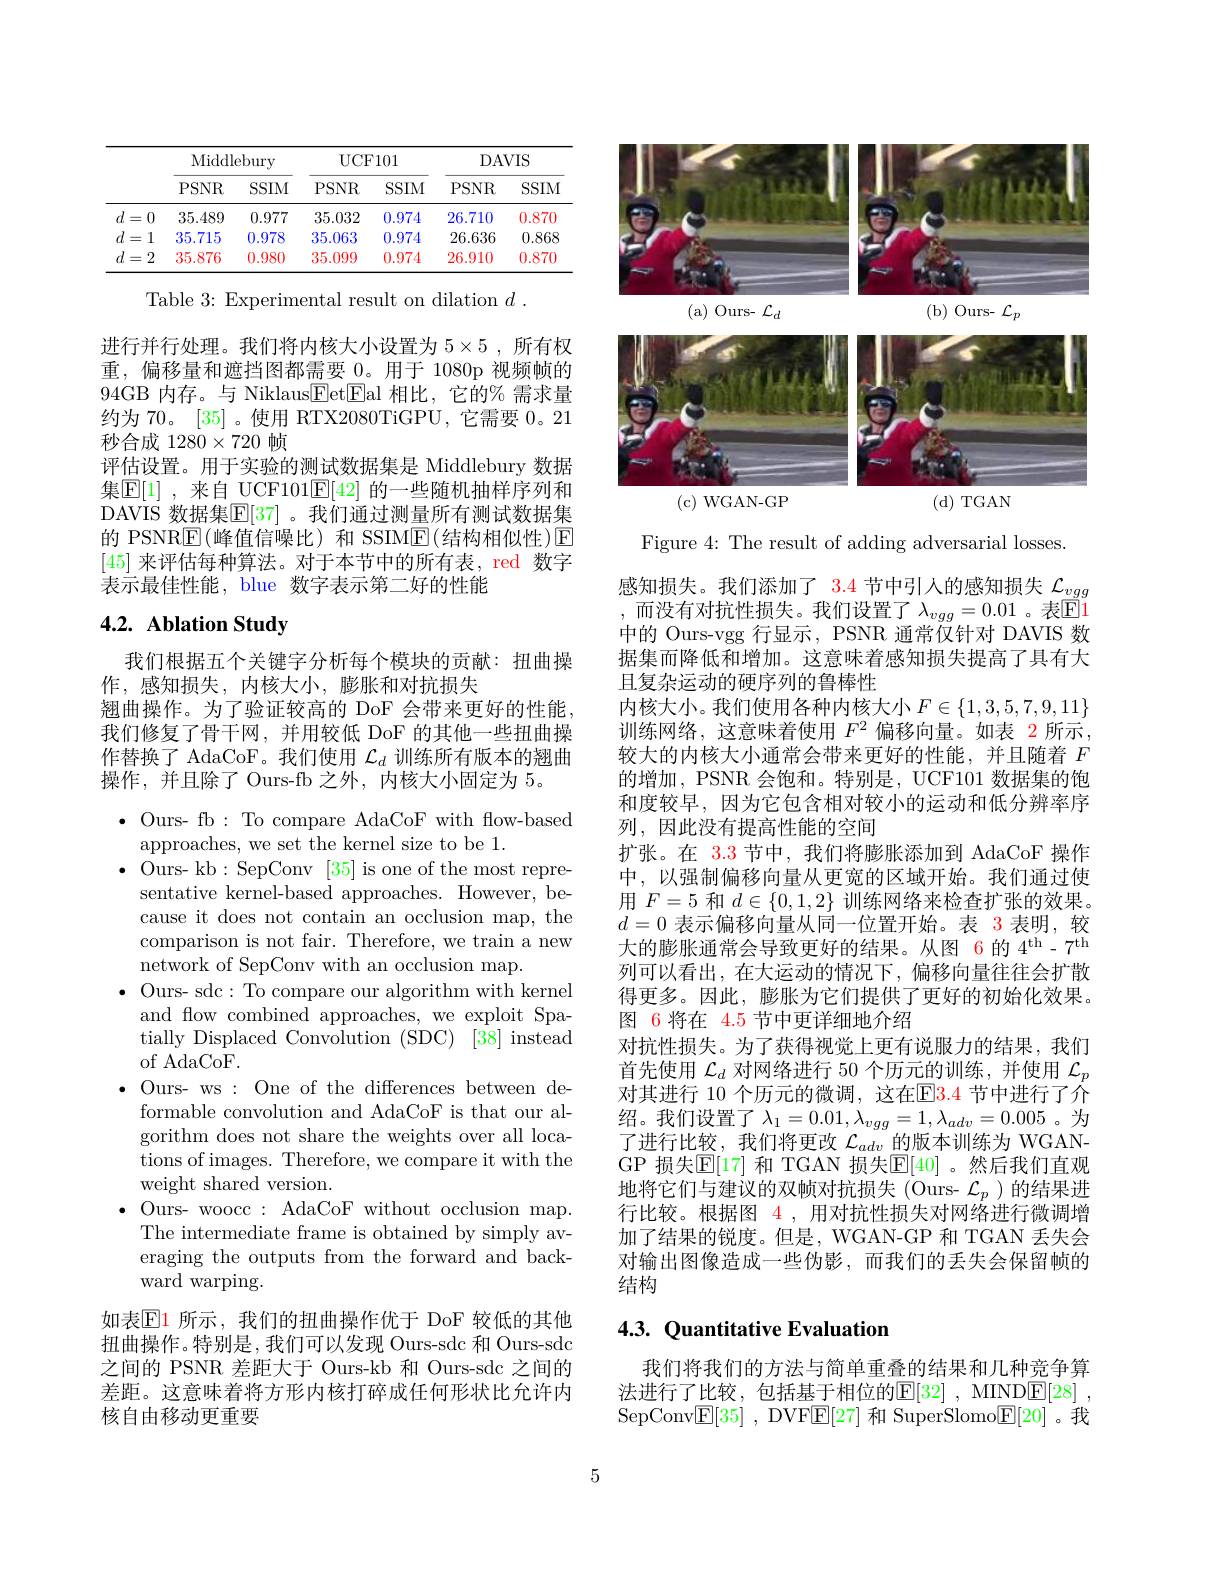
<table>
	<tbody>
		<tr>
			<th> </th>
			<th colspan="2">Middlebury</th>
			<th colspan="2">$\operatorname{UCF101}$</th>
			<th colspan="2">DAVIS</th>
		</tr>
		<tr>
			<th> </th>
			<th>$PSNR$</th>
			<th>SSIM</th>
			<th>$PSNR$</th>
			<th>SSIM</th>
			<th>$PSNR$</th>
			<th>SSIM</th>
		</tr>
		<tr>
			<td>$d$ 0 = 1</td>
			<td>35.489</td>
			<td>0.977</td>
			<td>35.032</td>
			<td>0.974</td>
			<td>26.710</td>
			<td>0.870</td>
		</tr>
		<tr>
			<td>$d$ 1 =</td>
			<td>35.715</td>
			<td>0.978</td>
			<td>35.063</td>
			<td>0.974</td>
			<td>26.636</td>
			<td>0.868</td>
		</tr>
		<tr>
			<td>$d$ 2 =</td>
			<td>35.876</td>
			<td>0.980</td>
			<td>35.099</td>
			<td>0.974</td>
			<td>26.910</td>
			<td>0.870</td>
		</tr>
	</tbody>
</table>

Table 3: Experimental result on dilation $d.$

进行并行处理。我们将内核大小设置为 5×5,所有权重，偏移量和遮挡图都需要 0。用于 1080p 视频帧的94GB 内存。与 Niklaus$\boxed{\mathrm{F}}$et$\boxed{\mathrm{F}}$al 相比，它的% 需求量约为 70。[35] 。使用 RTX2080TiGPU,它需要0。21秒合成 1280$\times720$帧
评估设置。用于实验的测试数据集是 Middlebury 数据集$\mathbb{E}[1]$ ,来自 UCF101$\mathbb{E}[42]$ 的一些随机抽样序列和DAVIS 数据集$\mathbb{E}[37]$ 。我们通过测量所有测试数据集的 PSNR$\underline{\mathrm{E}}($峰值信噪比)和 SSIM$\underline{\mathrm{E}}($结构相似性)$\underline{\mathrm{E}}$ [45]来评估每种算法。对于本节中的所有表，red 数字表示最佳性能，blue 数字表示第二好的性能

# 4.2. Ablation Study

我们根据五个关键字分析每个模块的贡献：扭曲操
作，感知损失，内核大小，膨胀和对抗损失
翘曲操作。为了验证较高的 DoF 会带来更好的性能， 我们修复了骨干网，并用较低 DoF 的其他一些扭曲操作替换了 AdaCoF。我们使用$\mathcal{L}_d$训练所有版本的翘曲操作，并且除了 Ours-fb 之外，内核大小固定为 5。

$\bullet$ Ours- fb: To compare AdaCoF with flow-based
approaches, we set the kernel size to be 1.
$\bullet$ Ours- kb:SepConv[35] is one of the most repre-
sentative kernel-based approaches. However, because it does not contain an occlusion map, the comparison is not fair. Therefore, we train a new network of SepConv with an occlusion map.
$\bullet$ Ours- sdc: To compare our algorithm with kernel
and flow combined approaches, we exploit Spatially Displaced Convolution (SDC) [38] instead of AdaCoF.
$\bullet$ Ours- ws: One of the differences between de-
formable convolution and AdaCoF is that our algorithm does not share the weights over all locations of images. Therefore, we compare it with the weight shared version.
$\bullet$ Ours- woocc: AdaCoF without occlusion map.
The intermediate frame is obtained by simply averaging the outputs from the forward and backward warping.

如表$\mathbb{E}$1 所示，我们的扭曲操作优于 DoF 较低的其他

扭曲操作。特别是，我们可以发现 Ours-sdc 和 Ours-sdc 之间的 PSNR 差距大于 Ours-kb 和 Ours-sdc 之间的差距。这意味着将方形内核打碎成任何形状比允许内核自由移动更重要

<FigureHere>

Figure 4: The result of adding adversarial losses.
感知损失。我们添加了$\color{red}{3.4}$节中引人的感知损失$\mathcal{L}_vgg$ 而没有对抗性损失。我们设置了$\lambda_vgg=0.01$。表$\boxed{\mathrm{F}}1$ 中的 Ours-vgg 行显示，PSNR 通常仅针对 DAVIS 数据集而降低和增加。这意味着感知损失提高了具有大且复杂运动的硬序列的鲁棒性
内核大小。我们使用各种内核大小$F\in\{1,3,5,7,9,11\}$ 训练网络，这意味着使用$F^2$偏移向量。如表 2所示， 较大的内核大小通常会带来更好的性能，并且随着$F$ 的增加，PSNR 会饱和。特别是，UCF101 数据集的饱和度较早，因为它包含相对较小的运动和低分辨率序列，因此没有提高性能的空间
扩张。在 3.3 节中，我们将膨胀添加到 AdaCoF 操作中，以强制偏移向量从更宽的区域开始。我们通过使用$F=5$和$d\in\{0,1,2\}$训练网络来检查扩张的效果。$d=0$表示偏移向量从同一位置开始。表 3 表明，较大的膨胀通常会导致更好的结果。从图 6的$4^\mathrm{th}-7^\mathrm{th}$ 列可以看出，在大运动的情况下，偏移向量往往会扩散得更多。因此，膨胀为它们提供了更好的初始化效果。图 6将在 4.5 节中更详细地介绍
对抗性损失。为了获得视觉上更有说服力的结果，我们首先使用$\mathcal{L}_d$对网络进行 50 个历元的训练，并使用$\mathcal{L}_p$ 对其进行 10 个历元的微调，这在$\color{red}{\mathrm{E}}\color{blue}{\mathrm{E}}\color{red}{\mathrm{3.4}}$ 节中进行了介了进行比较，我们将更改$\mathcal{L}_adv$的版本训练为 WGANGP 损失$\mathbb{E}[17]$ 和 TGAN 损失$\mathbb{E}[40]$ 。然后我们直观地将它们与建议的双帧对抗损失(Ours- $\mathcal{L}_p$)的结果进行比较。根据图$\color{red}{4}$,用对抗性损失对网络进行微调增加了结果的锐度。但是，WGAN-GP 和 TGAN 丢失会对输出图像造成一些伪影，而我们的丢失会保留帧的结构

# 4.3. Quantitative Evaluation

我们将我们的方法与简单重叠的结果和几种竞争算法进行了比较，包括基于相位的E$[ 32] , MINDE[ 28] $, SepConv$\underline {\mathrm{E} }[ 35]$ , DVF$\underline{\mathrm{E}}[27]$和 SuperSlomo$\underline{\mathrm{E}}[20]$。我

5